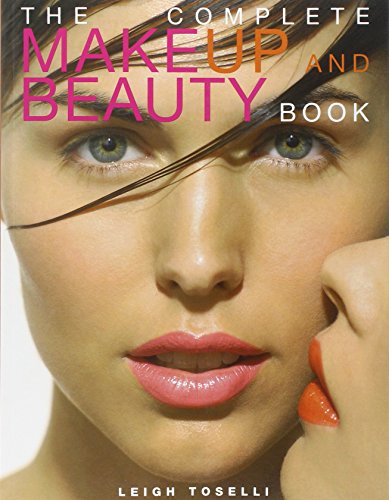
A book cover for The Complete Make-Up and Beauty Book; Leigh Toselli; Health, Fitness & Dieting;